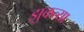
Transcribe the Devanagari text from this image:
झुकत्या